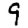
Digit: 9